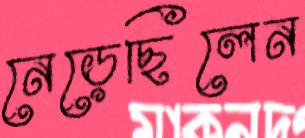
নেড়েছিলেন